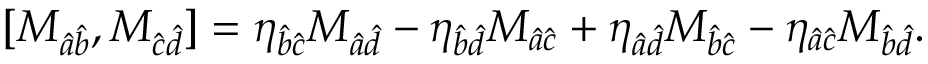
[ M _ { \hat { a } \hat { b } } , M _ { \hat { c } \hat { d } } ] = \eta _ { \hat { b } \hat { c } } M _ { \hat { a } \hat { d } } - \eta _ { \hat { b } \hat { d } } M _ { \hat { a } \hat { c } } + \eta _ { \hat { a } \hat { d } } M _ { \hat { b } \hat { c } } - \eta _ { \hat { a } \hat { c } } M _ { \hat { b } \hat { d } } .